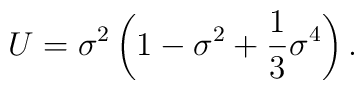
U={\sigma}^2\left(1-{\sigma}^2+\frac{1}{3}{\sigma}^4\right).